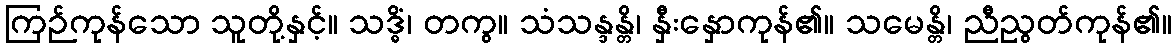
ကြဉ်ကုန်သော သူတို့နှင့်။ သဒ္ဓိံ၊ တကွ။ သံသန္ဒန္တိ၊ နှီးနှောကုန်၏။ သမေန္တိ၊ ညီညွတ်ကုန်၏။